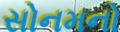
સોનમનો